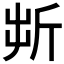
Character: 𣂚